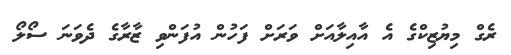
ރެގް މިޔުޒިކްގެ އެ އާއިލާއަށް ވަރަށް ފަހުން އުފަންވި ޒާރާގެ ދެވަނަ ސޯލޯ